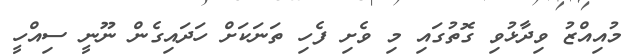
މުއިއްޒު ވިދާޅުވި ގޮތުގައި މި ވެށި ފެހި ތަނަކަށް ހަދައިގެން ނޫނީ ސިއްހީ